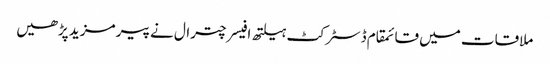
ملاقات میں قائمقام ڈسٹرکٹ ہیلتھ افیسر چترال نے پیر مزید پڑھیں